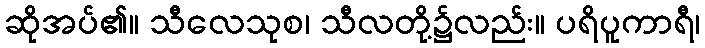
ဆိုအပ်၏။ သီလေသုစ၊ သီလတို့၌လည်း။ ပရိပူကာရီ၊